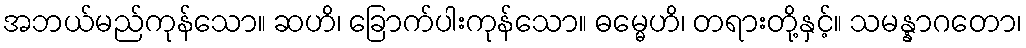
အဘယ်မည်ကုန်သော။ ဆဟိ၊ ခြောက်ပါးကုန်သော။ ဓမ္မေဟိ၊ တရားတို့နှင့်။ သမန္နာဂတော၊